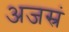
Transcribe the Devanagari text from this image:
अजस्रं